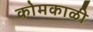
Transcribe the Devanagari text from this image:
कोमकाळी